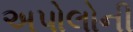
અપોલોની